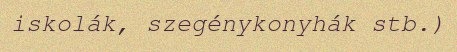
iskolák, szegénykonyhák stb.)